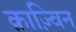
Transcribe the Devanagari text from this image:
क़ाज़्विन